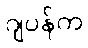
ဂျပန်က